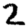
Digit: 2